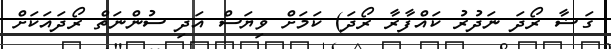
ގަޟާ ރޯދަ ނަދުރު ކައްފާރާ ރޯދަ) ކަމަށް ވިޔަސް އަދި ސުންނަތް ރޯދައަކަށް